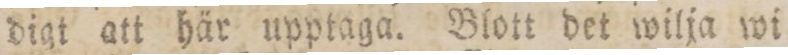
digt att här upptaga. Blott det wilja wi